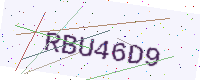
Text: RBU46D9